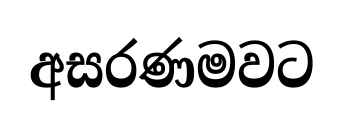
අසරණමවට